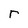
Character: r